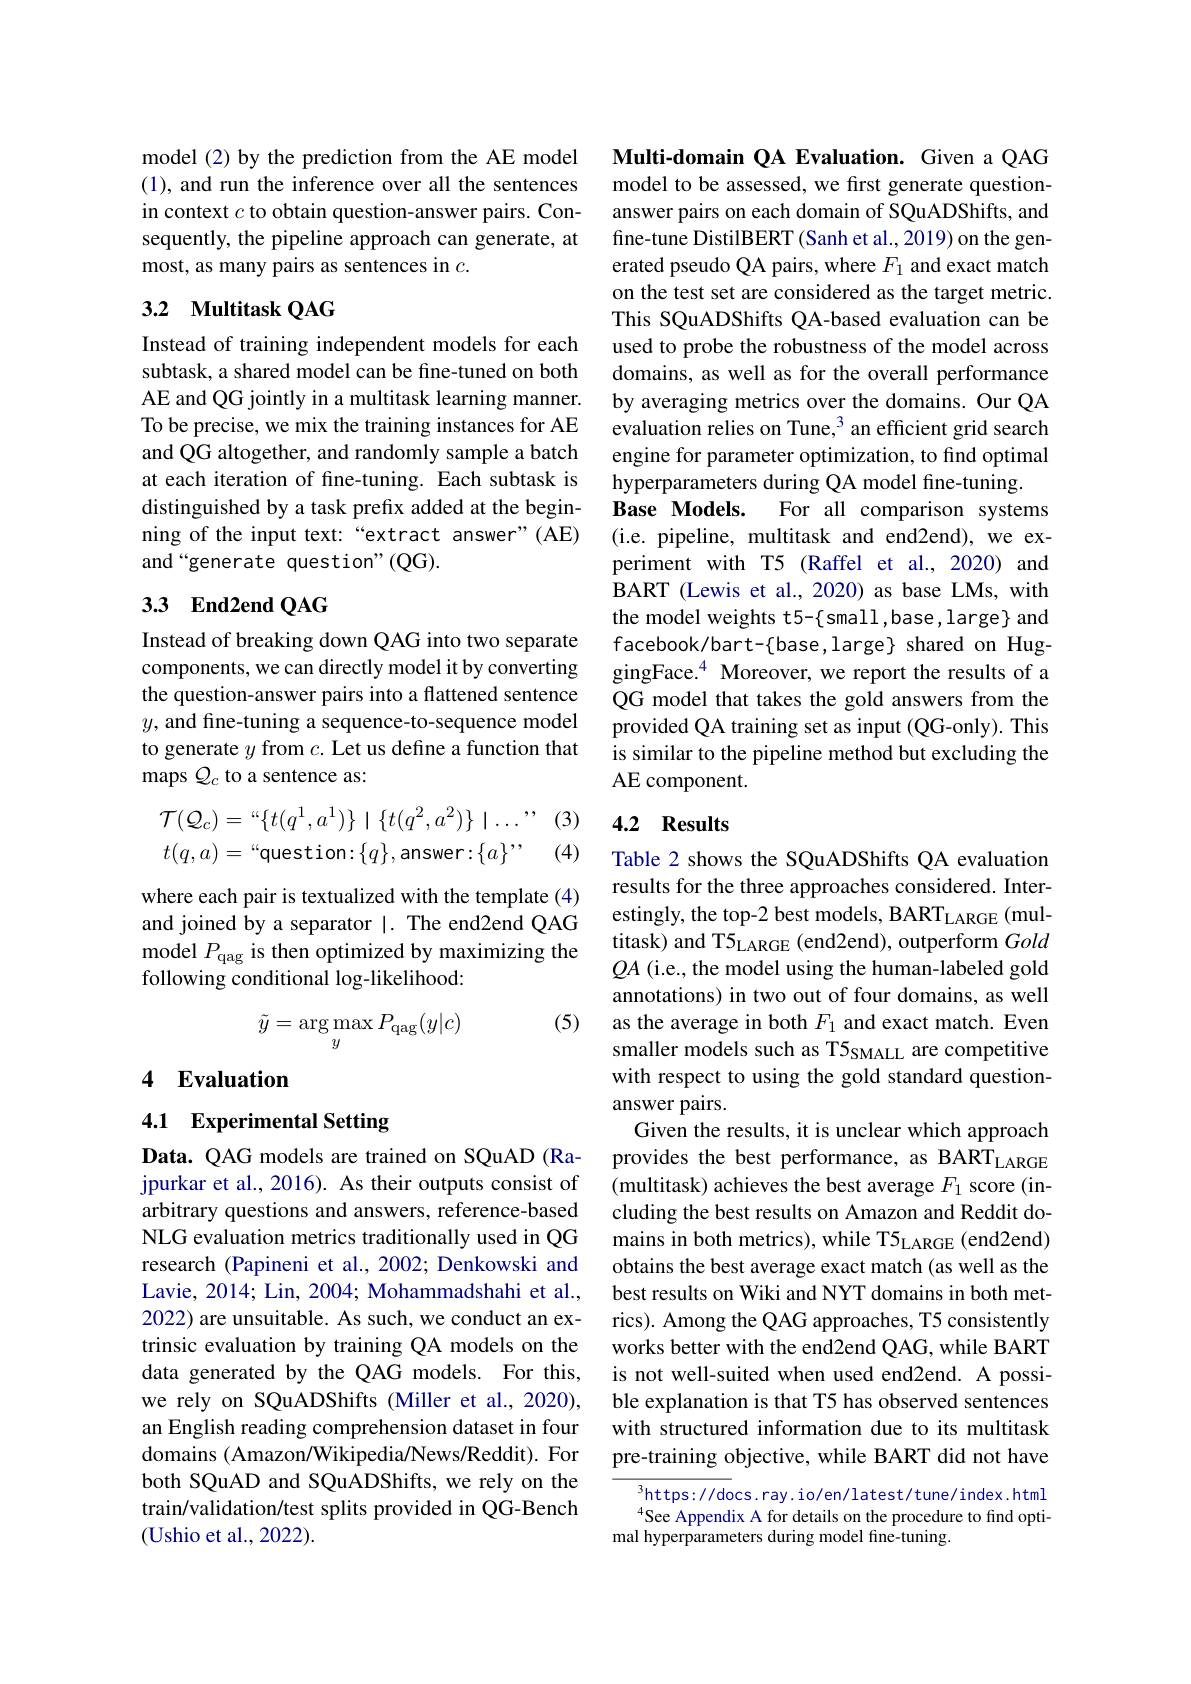
model (2) by the prediction from the AE model (1), and run the inference over all the sentences in context $c$ to obtain question-answer pairs. Consequently, the pipeline approach can generate, at most, as many pairs as sentences in $c.$

## 3.2 Multitask QAG

Instead of training independent models for each subtask, a shared model can be fine-tuned on both AE and QG jointly in a multitask learning manner. To be precise, we mix the training instances for AE and QG altogether, and randomly sample a batch at each iteration of fine-tuning. Each subtask is distinguished by a task prefix added at the beginning of the input text:“extract answer”(AE) and“generate question”(QG).

## 3.3 End2end QAG

Instead of breaking down QAG into two separate components, we can directly model it by converting the question-answer pairs into a flattened sentence $y$, and fine-tuning a sequence-to-sequence model to generate $y$ from $c.$ Let us define a function that maps $\mathcal{Q}_c$ to a sentence as:

(3)
$$\begin{aligned}\mathcal{T}(\mathcal{Q}_c)&=“\{t(q^1,a^1)\}\mid\{t(q^2,a^2)\}\mid\ldots”\\t(q,a)&=“\text{question:}\{q\},\text{answer:}\{a\}”,\end{aligned}$$
(4)

where each pair is textualized with the template (4) and joined by a separator |. The end2end QAG model $P_\mathrm{qag}$ is then optimized by maximizing the following conditional log-likelihood:

(5)
$$\tilde{y}=\arg\max_{y}P_{\mathrm{qag}}(y|c)$$
## 4 Evaluation

4.1 Experimental Setting

Data. QAG models are trained on SQuAD (Rajpurkar et al., 2016). As their outputs consist of arbitrary questions and answers, reference-based NLG evaluation metrics traditionally used in QG research (Papineni et al., 2002; Denkowski and Lavie, 2014; Lin, 2004; Mohammadshahi et al., 2022) are unsuitable. As such, we conduct an extrinsic evaluation by training QA models on the data generated by the QAG models. For this, we rely on SQuADShifts (Miller et al., 2020), an English reading comprehension dataset in four domains (Amazon/Wikipedia/News/Reddit). For both SQuAD and SQuADShifts, we rely on the train/validation/test splits provided in QG-Bench (Ushio et al., 2022).

Multi-domain QA Evaluation. Given a QAG model to be assessed, we first generate questionanswer pairs on each domain of SQuADShifts, and fine-tune DistilBERT (Sanh et al.,2019) on the generated pseudo QA pairs, where $F_1$ and exact match on the test set are considered as the target metric. This SQuADShifts QA-based evaluation can be used to probe the robustness of the model across domains, as well as for the overall performance by averaging metrics over the domains. Our QA evaluation relies on Tune, 3 an efficient grid search engine for parameter optimization, to find optimal hyperparameters during QA model fine-tuning
$\textbf{Base Models. }$
For all comparison systems
(i.e. pipeline, multitask and end2end), we experiment with T5 (Raffel et al.,2020) and BART (Lewis et al.,2020) as base LMs, with the model weights t5-{small,base,large} and $facebook/bart-\{base,large\} shared on Hug-$ gingFace.$^4$ Moreover, we report the results of a QG model that takes the gold answers from the provided QA training set as input (QG-only). This is similar to the pipeline method but excluding the AE component.

# 4.2 Results

Table 2 shows the SQuADShifts QA evaluation results for the three approaches considered. Interestingly, the top-2 best models, BART$_\mathrm{LARGE}$(multitask) and T5$_\mathrm{LARGE}$ (end2end), outperform Gold $QA$ (i.e., the model using the human-labeled gold annotations) in two out of four domains, as well as the average in both $F_1$ and exact match. Even smaller models such as T5$_\mathrm{SMALL}$ are competitive with respect to using the gold standard questionanswer pairs
Given the results, it is unclear which approach provides the best performance, as BART$_\mathrm{LARGE}$ (multitask) achieves the best average $F_1$ score (including the best results on Amazon and Reddit domains in both metrics), while T5$_\mathrm{LARGE}$ (end2end) obtains the best average exact match (as well as the best results on Wiki and NYT domains in both metrics). Among the QAG approaches, T5 consistently works better with the end2end QAG, while BART is not well-suited when used end2end. A possible explanation is that T5 has observed sentences with structured information due to its multitask pre-training objective, while BART did not have
$^3$https://docs.ray.io/en/latest/tune/index.html

$^{4}$See Appendix A for details on the procedure to find opti-
mal hyperparameters during model fine-tuning.